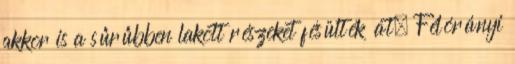
akkor is a sűrűbben lakott részeket fésülték át. Félórányi